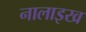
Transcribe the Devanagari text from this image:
नालाइख